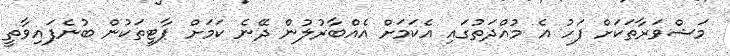
މަޝްވަރާތަކަށް ފަހު އެ މުއްދަތުގައި އެކަމަށް އެއްބާރުލުން ދޭނެ ކަމަށް ޕާޓީތަކުން ބުނެފައިވާތީ